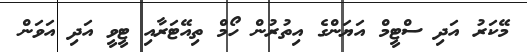
މޭކަރު އަދި ސްޓީމް އަޔަންގެ އިތުރުން ހޯމް ތިއޭޓަރާއި ޓީވީ އަދި އަވަން